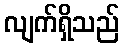
လျက်ရှိသည်